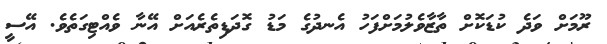
ރޫމަށް ވަދެ ކުޑަކޮށް ތާޒާވެލުމަށްފަހު އެނދުގެ މަޑު ގޮދަޑިތެރެއަށް އޭނާ ވެއްޓިގަތެވެ. އޭސީ